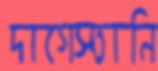
দাগেস্তানি